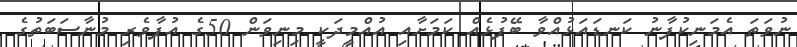
ނުވަތަ އެމަނިކުފާނު ކަނޑައަޅުއްވާ ބޭފުޅެއް ކަމަށާއި އުއްމީދަކީ މިނިވަން 50ގެ އުފާވެރި މުނާސަބަތުގެ